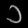
Digit: ၁